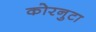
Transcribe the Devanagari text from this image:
कोरनुटा